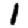
Digit: 1